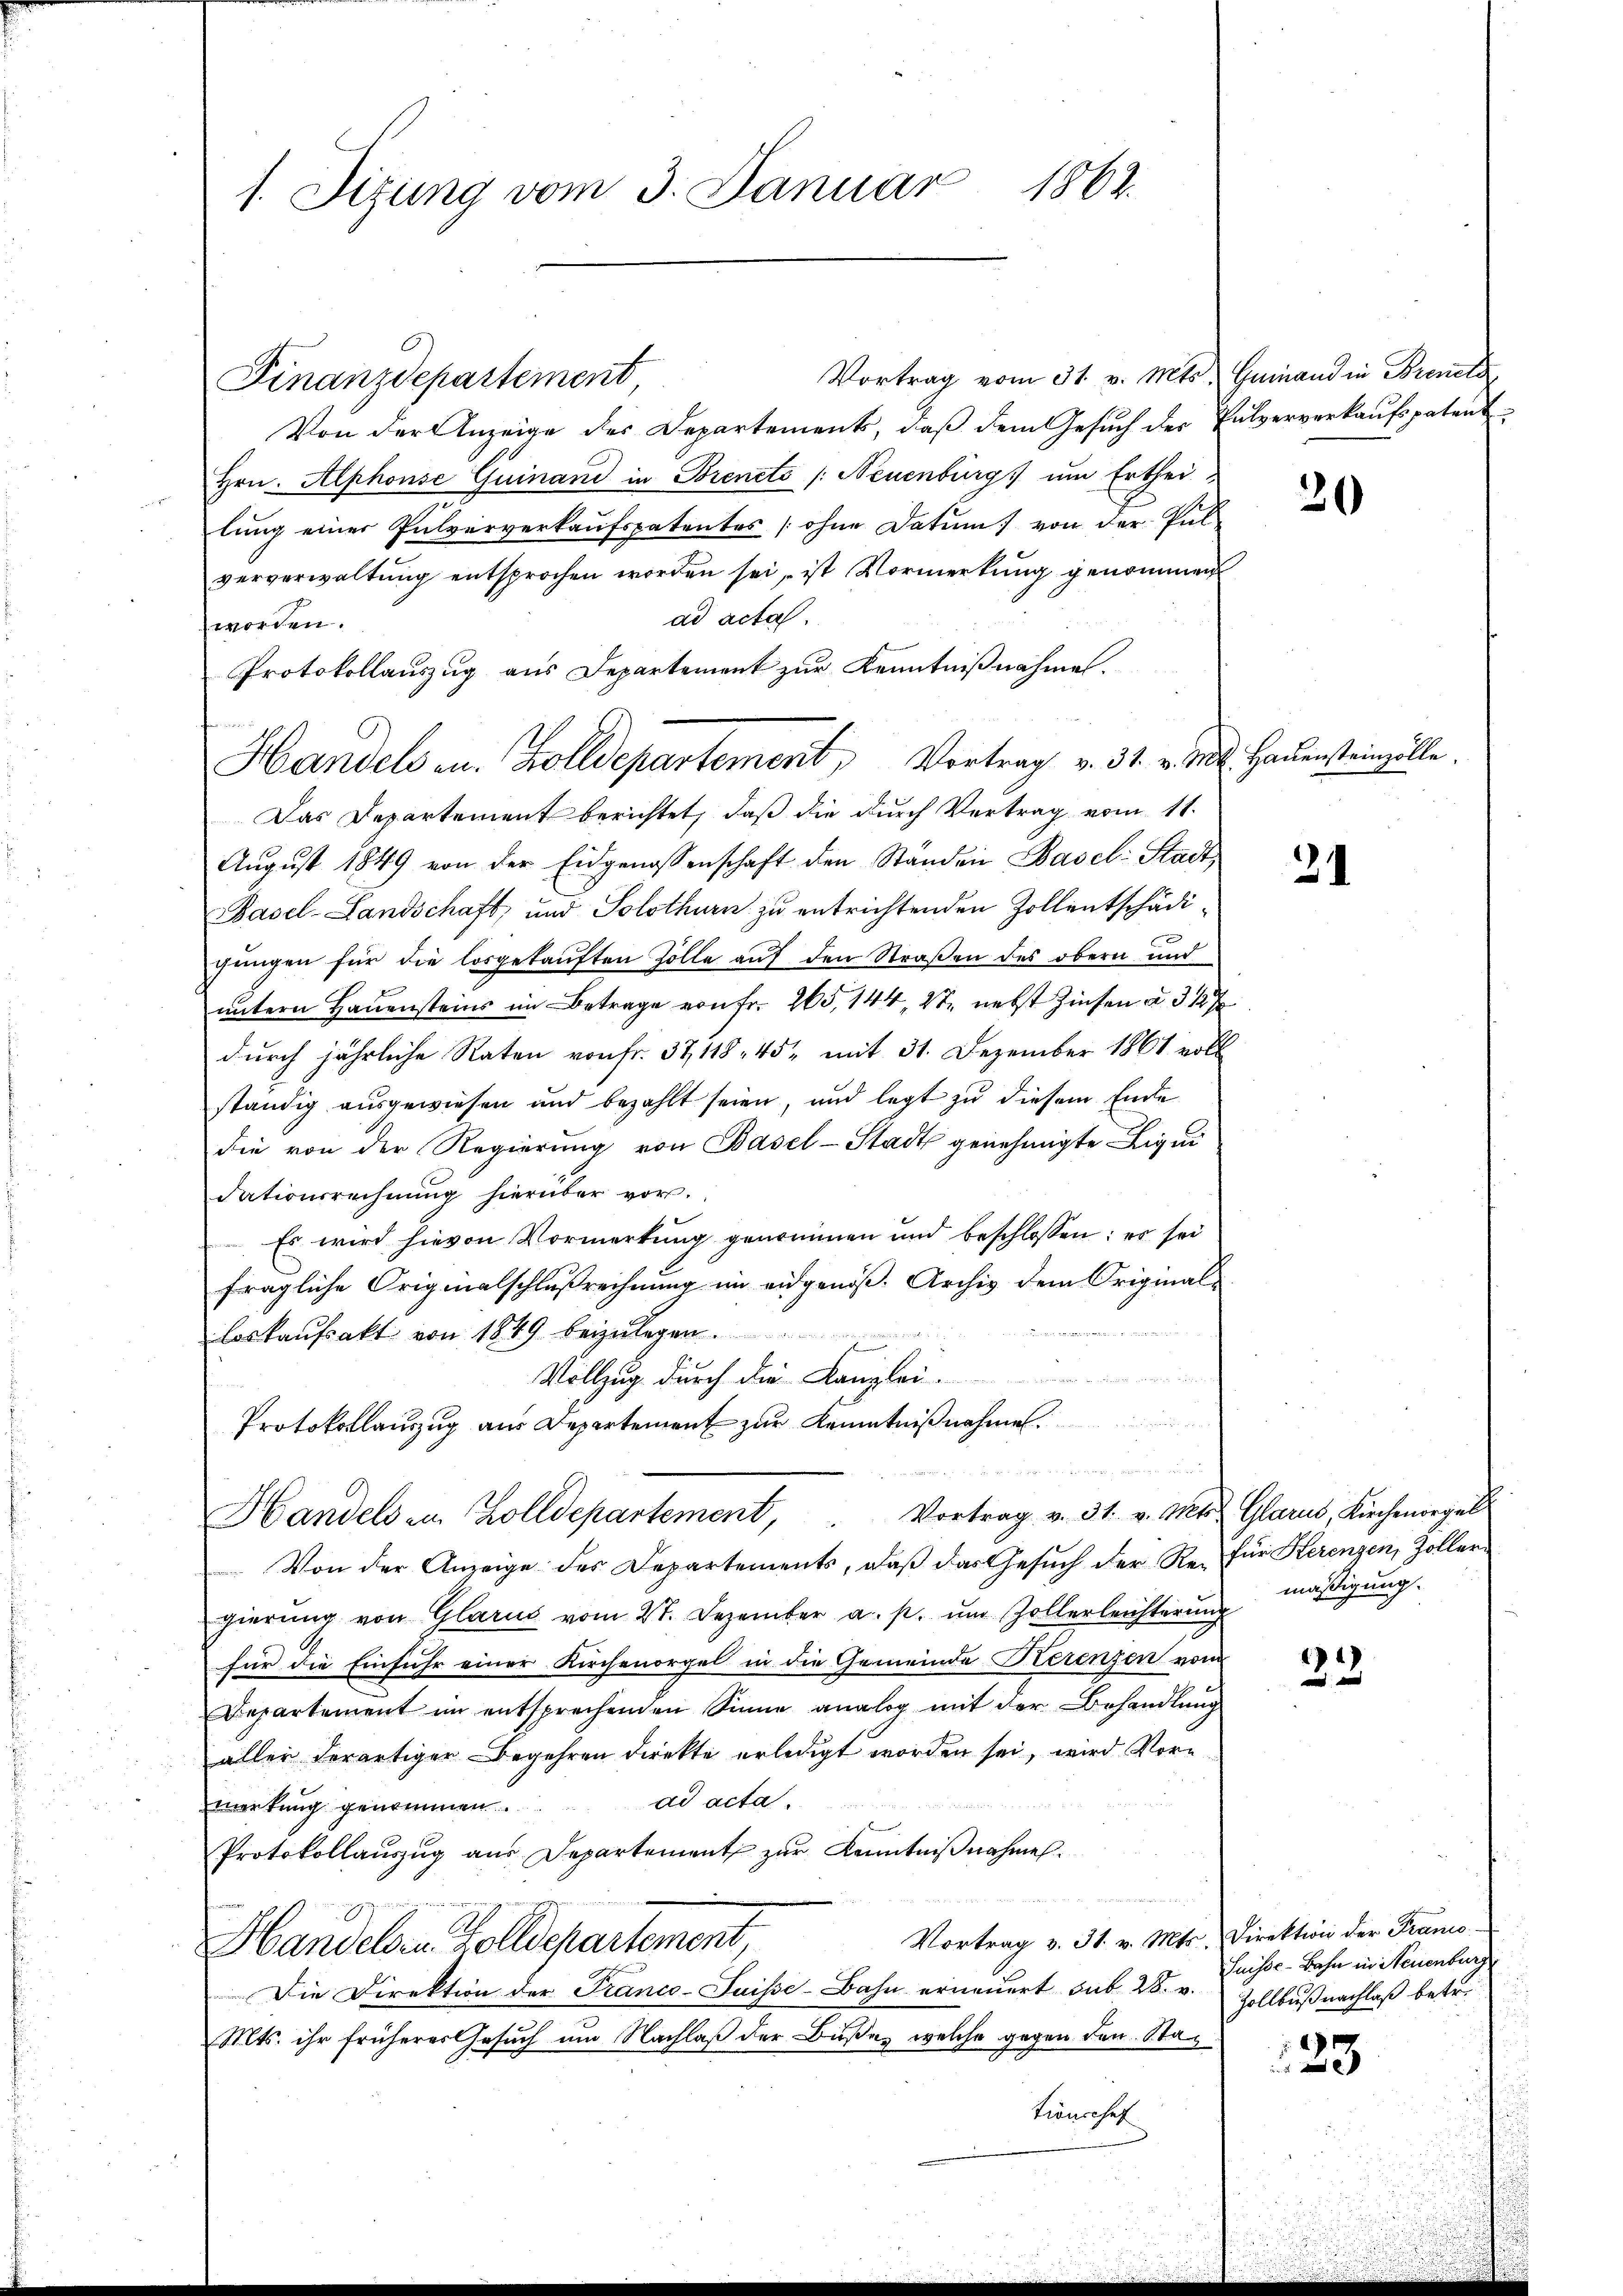
1. Sizung vom 3. Január 1862.

Finanzdepartement
Von der Anzeige der Departements, daß dem Gesuch der Pulververkaufspatent
Hrn. Alphonse Guinand in Bieneto /: Neuenburg ŭm Erthei
lung einer Pulververkaufspatentes (ohne Datum) von der Pul-
ververwaltŭng entsprochen worden sei, ist Vormerkŭng genommen
ad acta.
worden.
Protokollauszug aus Departement zur Kenntnißnahmen.
Das Departement berichtet, daß die durch Vertrag vom 11.
Aŭgŭst 1849 von der Eidgenossenschaft den Standen Basel: Stadt
Basel-Landschaft, und Solothurn zu entrichtenden Zollentschädigungen für die losgekauften Zölle auf den Straßen des obern und
untern Hauensteins im Betrage von Fr. 265, 144, 27. nebst Zinsen à 3 1/2 %
durch jährliche Raten von fr. 37, 118, 45, mit 31. Dezember 1861 voll
ständig ausgewiesen und bezahlt seien, und legt zu diesem Ende
die von der Regierung von Basel-Stadt genehmigte Liqui
dationsrechnŭng hierüber vor.
Es wird hievon Vormerkung genommen und beschlossen: es sei
fragliche Originalschlußrechnung im eidgenöß. Archiv dem Original-
loskaufsakt von 1849 beizulegen
u
Vollzug durch die Kanzlei-
x
Protokollauszug aus Departement zur Kenntnißnahmen.
Handels in Zolldepartement, Vortrag v. 31. v. Mts. Glarus, Kirchenorgel
Von der Anzeige des Departements, daß das Gesuch der Re- für Kerenzen, Zollergierŭng von Glarus vom 27. Dezember a. p. ŭm Zollerleichterŭng
für die Einfuhr einer Kirchenorgel in die Gemeinde Tierenzen vom
Bepartement im entsprechenden Sinne analog mit der Behandlung
aller derartiger Begehren direkte erledigt worden sei, wird Vorn
ad acta.
merkung genommen
Protokollaŭszŭg aŭs Departement zŭr Kenntniβnahmen.
d
Vortrag v. 31. v. Mts. Direktion der Franco-
Handelen Zolldepartement,
Die Direktion der France-Suisse-Bahn erneuert sub. 28. v.
Mts. ihr früheres Gesuch um Nachlaß der Buße, welche gegen den Stationschaf

Handels au. Zolldepartement, Vortrag v. 31. v. Mt. Haŭensteinzelle.

Vortrag vom 31. v. Mts. Geinand in Brevets

20

21

mäßigung.

1)

Suisse-Bahn in Neuenburg
Zollbuß nachlaß betre

123